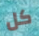
كل